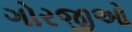
ગોરજીઓ